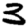
Digit: 3